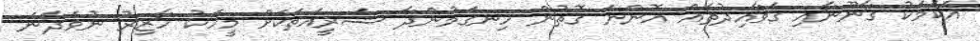
އެކަމަކު ގާނޫނާއި ގަވާއިދުތައް އޮންނަ ގޮތުން ހިނގަމުންދާ ޝަރީއަތަކަށް މީހަކު ހާޒިރު ނުވެދާނެ